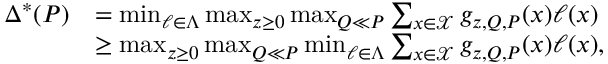
\begin{array} { r l } { \Delta ^ { * } ( P ) } & { = \operatorname* { m i n } _ { \ell \in \Lambda } \operatorname* { m a x } _ { z \geq 0 } \operatorname* { m a x } _ { Q \ll P } \sum _ { x \in \mathcal { X } } g _ { z , Q , P } ( x ) \ell ( x ) } \\ & { \geq \operatorname* { m a x } _ { z \geq 0 } \operatorname* { m a x } _ { Q \ll P } \operatorname* { m i n } _ { \ell \in \Lambda } \sum _ { x \in \mathcal { X } } g _ { z , Q , P } ( x ) \ell ( x ) , } \end{array}